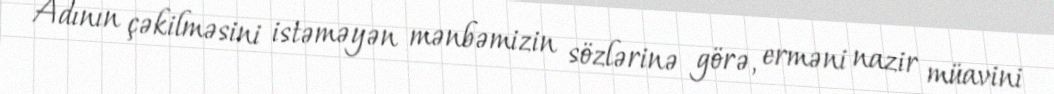
Adının çəkilməsini istəməyən mənbəmizin sözlərinə görə, erməni nazir müavini